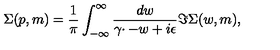
\Sigma ( p , m ) = \frac { 1 } { \pi } \int _ { - \infty } ^ { \infty } \frac { d w } { \gamma \cdotp - w + i \epsilon } \Im \Sigma ( w , m ) ,